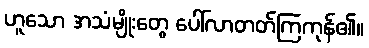
ဟူသော အသံမျိုးတွေ ပေါ်လာတတ်ကြကုန်၏။